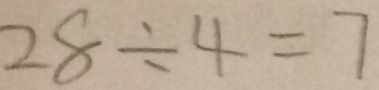
2 8 \div 4 = 7